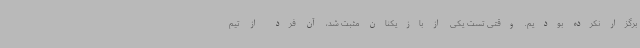
برگزار نکرده بودیم. وقتی تست یکی از بازیکنان مثبت شد، آن فرد از تیم